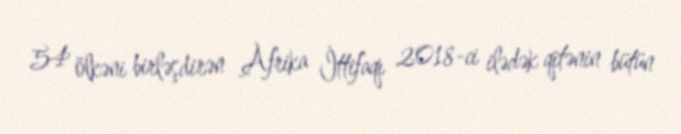
54 ölkəni birləşdirən Afrika İttifaqı 2018-ci ilədək qitənin bütün